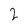
Character: 2